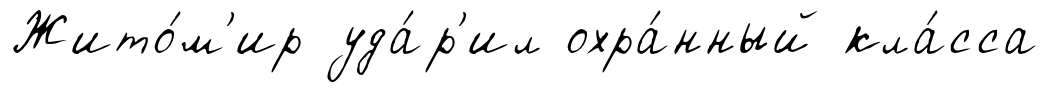
Жито́м'ир уда́р'ил охра́нный кла́сса